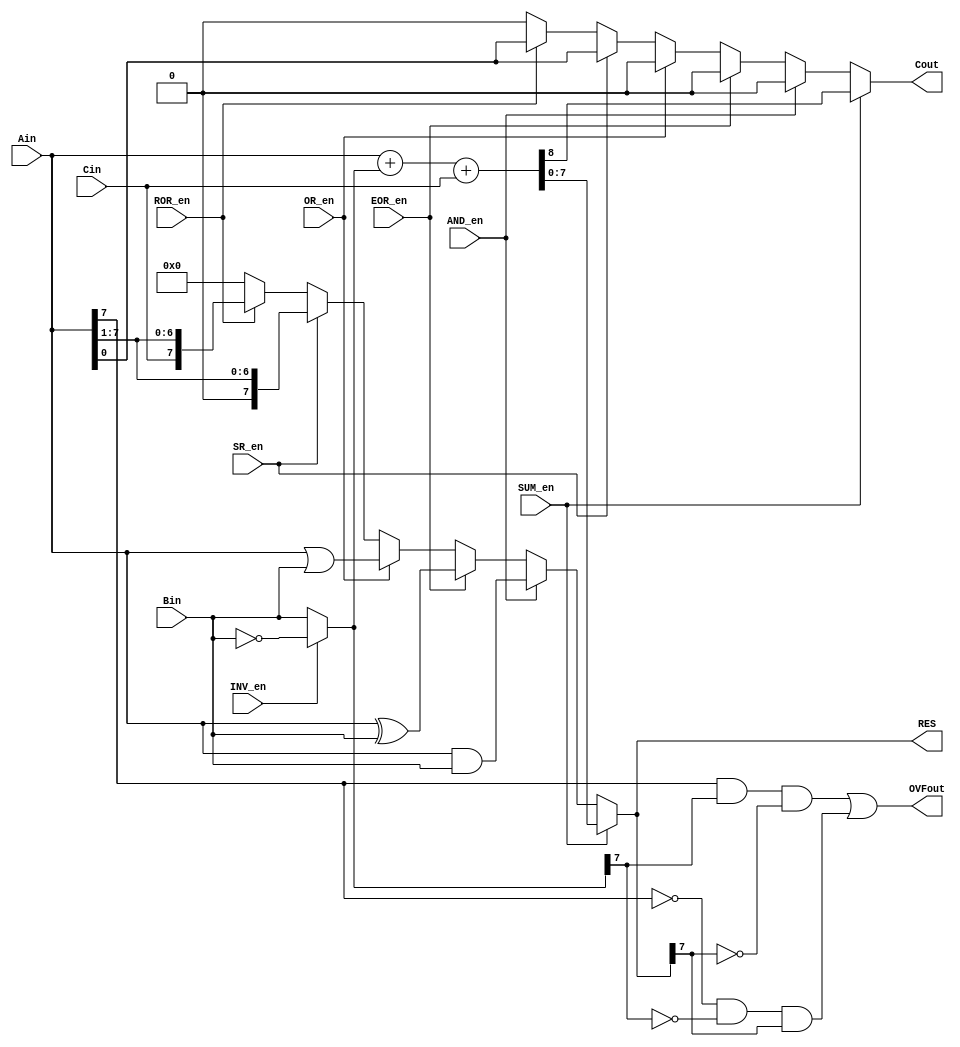
`timescale 1ns / 1ps
/***********************************************************************
* Arithmetic and Logic Unit for the MOS 6502 processor. Performs 6 
* intrinsic operations (add, and, or, exclusive-or, shift right, and
* rotate right). The add function can be used to subtract by inverting
* the input. 
*
* The ALU has a carry in and carry out bit to perform >8 bit operations. 
* For an add op, carry is set if the (unsigned) result is >255, and cleared 
* otherwise. For a subtract op, carry is interpreted as a borrow bit - so 
* it is cleared if the (signed) result is less than zero, and set otherwise.
* As a note, the ALU doesn't care about all this, it calculates things the
* same way regardless (other than inverting the B input if subtracting. It 
* relies on the programmer to set or clear the carry input as needed for the 
* correct operation. It just so happens that the math works out for both 
* signed and unsigned operation (for add and subtract).
*
* The ALU also computes an overflow bit, which detects whether an operation 
* results in a number that can't fit in a signed byte. So basically, if both
* inputs (after inverting B if necessary) are the same sign, overflow will be
* set if the result is a different sign. For example, 127+1=-128. Note that
* this can't happen if the inputs are of different signs, since the result
* will always be less than the inputs, and will therefore fit in a signed byte.
*
* Written by Zach Irwin. Edited 4/29/2017.
*
************************************************************************/
module ALU(  
    input wire SUM_en, AND_en, EOR_en, OR_en, SR_en, INV_en, ROR_en, // Operation control
    input wire [7:0] Ain, Bin, 									     // Data inputs
	input wire Cin, 											     // Carry in
	output reg [7:0] RES,										     // Operation result
    output reg Cout, 											     // Carry out
	output wire OVFout											     // Overflow out
    );
	
	// Declare signals:
	wire [7:0] Bint;
	 
	// Select inverted or non-inverted B input:
    assign Bint = INV_en ? ~Bin : Bin;
    
	// Perform requested operation:
    always @(*) begin
	 
		// Defaults:
		RES = 0;
		Cout = 0;
		
		// Operations:
        if (SUM_en)
			{Cout, RES} = Ain + Bint + Cin;	    // add with carry-in, carry-out
        else if (AND_en)
            RES = Ain & Bin;				    // and
        else if (EOR_en)
            RES = Ain ^ Bin;				    // xor
        else if (OR_en)
            RES = Ain | Bin;				    // or
        else if (SR_en)
            {RES, Cout} = {Ain,1'd0} >> 1;	    // shift right with carry-out
		else if (ROR_en)
			{RES, Cout} = {Cin,Ain,1'd0} >> 1;	// shift right with carry-in, carry-out
		
    end
	
	// Set overflow flag (set if both inputs are same sign, but output is a different sign):
    assign OVFout = (Ain[7] && Bint[7] && (!RES[7])) || ((!Ain[7]) && (!Bint[7]) && RES[7]);
	 
endmodule